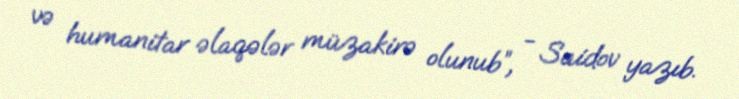
və humanitar əlaqələr müzakirə olunub”, - Saidov yazıb.